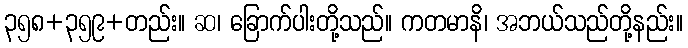
၃၅၈+၃၅၉+တည်း။ ဆ၊ ခြောက်ပါးတို့သည်။ ကတမာနိ၊ အဘယ်သည်တို့နည်း။